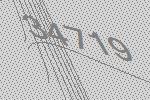
34719